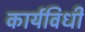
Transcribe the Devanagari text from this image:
कार्यविधी